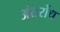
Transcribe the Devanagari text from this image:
अंतर्रोध